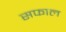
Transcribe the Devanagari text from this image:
सफाल